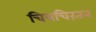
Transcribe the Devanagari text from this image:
चित्रचिरंतन